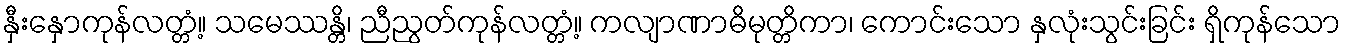
နှီးနှောကုန်လတ္တံ့။ သမေဿန္တိ၊ ညီညွတ်ကုန်လတ္တံ့။ ကလျာဏာဓိမုတ္တိကာ၊ ကောင်းသော နှလုံးသွင်းခြင်း ရှိကုန်သော